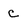
Character: c